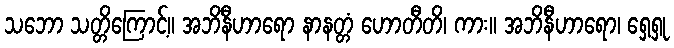
သဘော သတ္တိကြောင့်။ အဘိနီဟာရော နာနတ္တံ ဟောတီတိ၊ ကား။ အဘိနီဟာရော၊ ရှေ့ရှု